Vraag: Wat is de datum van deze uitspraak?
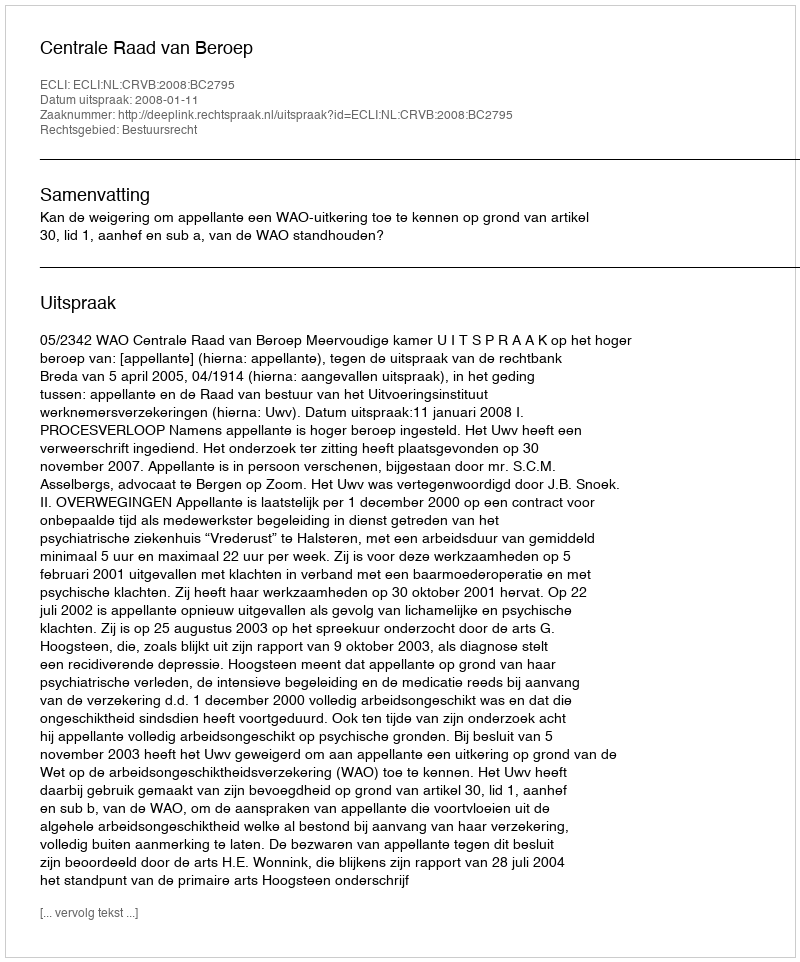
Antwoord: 2008-01-11